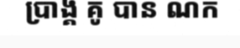
ប្រាង្គ គូ បាន ណក